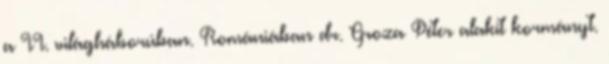
a II. világháborúban. Romániában dr. Groza Péter alakít kormányt.